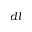
d l